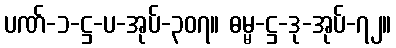
ပဏ်-၁-ဋ္ဌ-ပ-အုပ်-၃၀၇။ ဓမ္မ-ဋ္ဌ-ဒု-အုပ်-၇၂။